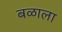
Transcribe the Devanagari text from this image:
बळाला